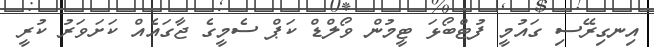
އިނގިރޭސި ގައުމީ ފުޓްބޯޅަ ޓީމުން ވޯލްޑް ކަޕް ސެމީގެ ޖާގައެއް ކަށަވަރު ކުރީ